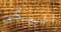
اليكي